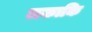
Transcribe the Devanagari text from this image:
लकाकि